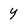
Character: y